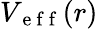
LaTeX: V_{\mathrm{~e~f~f~}}(r)